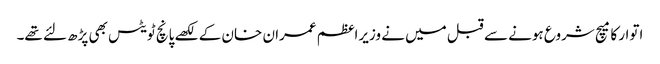
اتوار کا میچ شروع ہونے سے قبل میں نے وزیراعظم عمران خان کے لکھے پانچ ٹویٹس بھی پڑھ لئے تھے۔